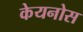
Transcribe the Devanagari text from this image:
केयनोस